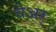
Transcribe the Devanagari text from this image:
वेअर्